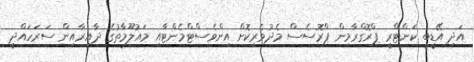
އަދި އޭޑީބީ ކަންޓްރީ ޕްރޮގްރާމިން ޕްރޮސެސް މެދުވެރިކޮށް އިންވެސްޓްމެންޓާއި މައުލޫމާތުގެ ދާއިރާއިން ސަރަހައްދީ